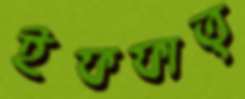
ইফফাত্